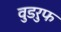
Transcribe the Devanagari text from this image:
वुडरुफ